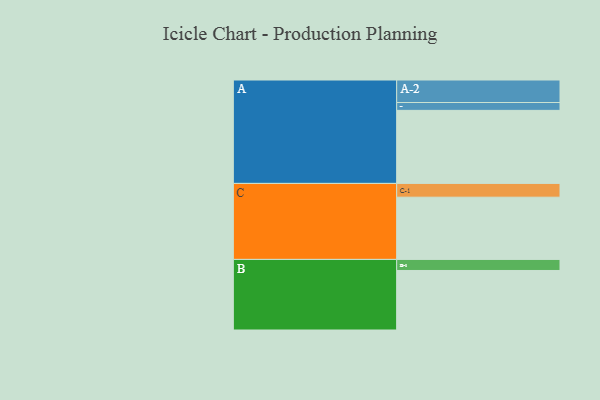
{"axis": {"x": "Segment", "y": "Value"}, "legend": ["", "A", "B", "C"], "data": [{"x": "A", "y": 594, "type": ""}, {"x": "B", "y": 484, "type": ""}, {"x": "C", "y": 506, "type": ""}, {"x": "A-1", "y": 64, "type": "A"}, {"x": "A-2", "y": 183, "type": "A"}, {"x": "B-1", "y": 90, "type": "B"}, {"x": "C-1", "y": 112, "type": "C"}]}